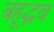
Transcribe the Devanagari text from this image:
बहूद्भव